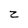
Character: Z